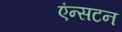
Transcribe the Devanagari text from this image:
एंन्सटन